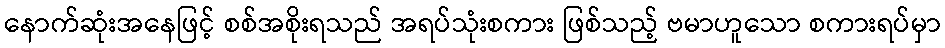
နောက်ဆုံးအနေဖြင့် စစ်အစိုးရသည် အရပ်သုံးစကား ဖြစ်သည့် ဗမာဟူသော စကားရပ်မှာ